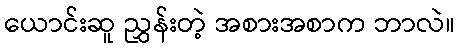
ယောင်းဆူ ညွှန်းတဲ့ အစားအစာက ဘာလဲ။